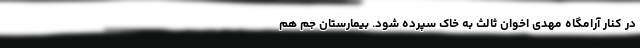
در کنار آرامگاه مهدی اخوان ثالث به خاک سپرده شود. بیمارستان جم هم